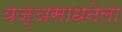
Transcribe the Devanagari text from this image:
यज्ञसाधनेला